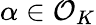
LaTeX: \alpha\in{\mathcal{O}}_{K}